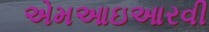
એમઆઇઆરવી